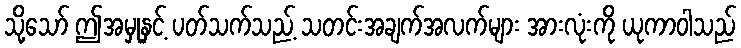
သို့သော် ဤအမှုနှင့် ပတ်သက်သည့် သတင်းအချက်အလက်များ အားလုံးကို ယုကာဝါသည်